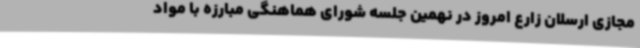
مجازی ارسلان زارع امروز در نهمین جلسه شورای هماهنگی مبارزه با مواد